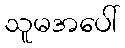
သူမအပေါ်